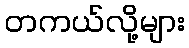
တကယ်လို့များ